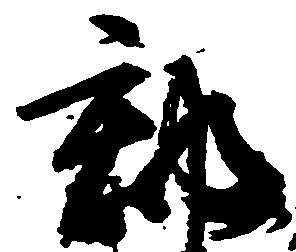
郡